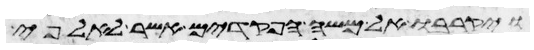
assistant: ויקרבו אל משה הפקדים אשר לאלפי